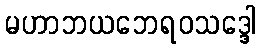
မဟာဘယဘေရဝသဒ္ဒေါ